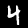
Digit: 4